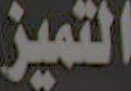
التميز